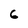
Character: 6